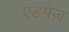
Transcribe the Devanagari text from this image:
एडमज़